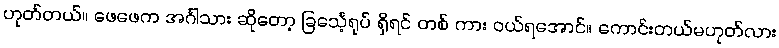
ဟုတ်တယ်။ ဖေဖေက အင်္ဂါသား ဆိုတော့ ခြင်္သေ့ရုပ် ရှိရင် တစ် ကား ဝယ်ရအောင်။ ကောင်းတယ်မဟုတ်လား